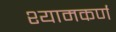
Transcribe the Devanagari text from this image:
श्यामकर्ण